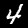
Digit: 4